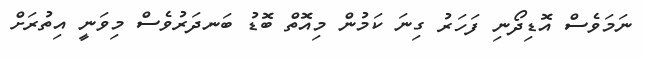
ނަމަވެސް އޮޑިދޯނި ފަހަރު ގިނަ ކަމުން މިއޮތް ބޮޑު ބަނދަރުވެސް މިވަނީ އިތުރަށް